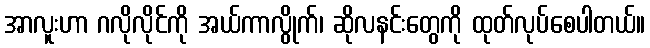
အာလူးဟာ ဂလိုလိုင်ကို အယ်ကာလွိုက်၊ ဆိုလနင်းတွေကို ထုတ်လုပ်စေပါတယ်။